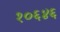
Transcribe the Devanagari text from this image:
१०६४६